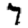
Digit: 7